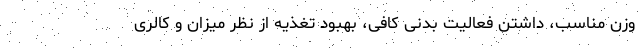
وزن مناسب، داشتن فعالیت بدنی کافی، بهبود تغذیه از نظر میزان و کالری